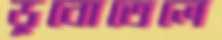
ডুবোতেলে